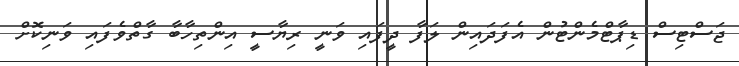
ޖަސްޓިސް ޑިޕާޓްމެންޓުން އެފަދައިން ލަފާ ދީފައި ވަނީ ރިޔާސީ އިންތިހާބާ ގާތްވެފައި ވަނިކޮށް